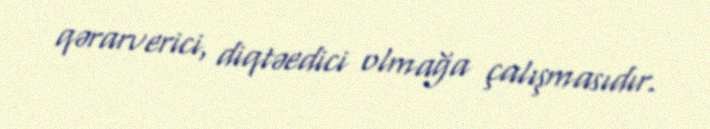
qərarverici, diqtəedici olmağa çalışmasıdır.